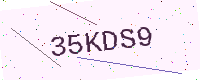
Text: 35KDS9